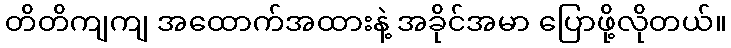
တိတိကျကျ အထောက်အထားနဲ့ အခိုင်အမာ ပြောဖို့လိုတယ်။